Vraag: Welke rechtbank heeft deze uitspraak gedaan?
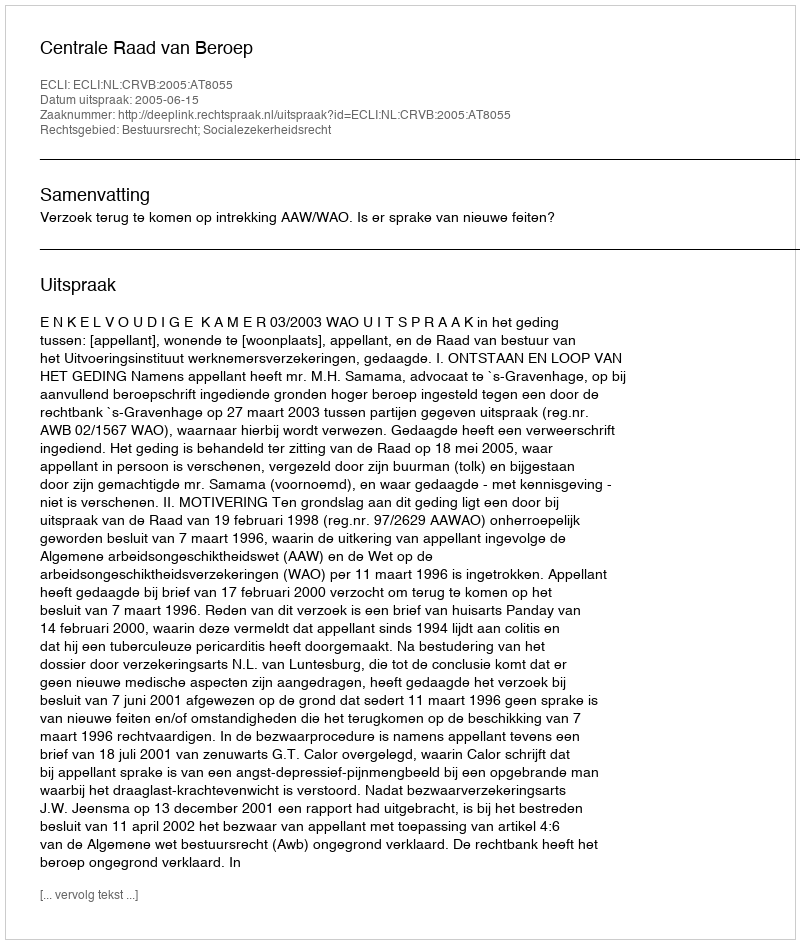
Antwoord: Centrale Raad van Beroep